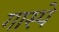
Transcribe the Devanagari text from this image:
गास्पे